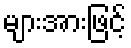
များအားဖြင့်